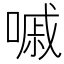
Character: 嘁